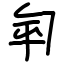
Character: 匉